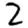
Digit: 2